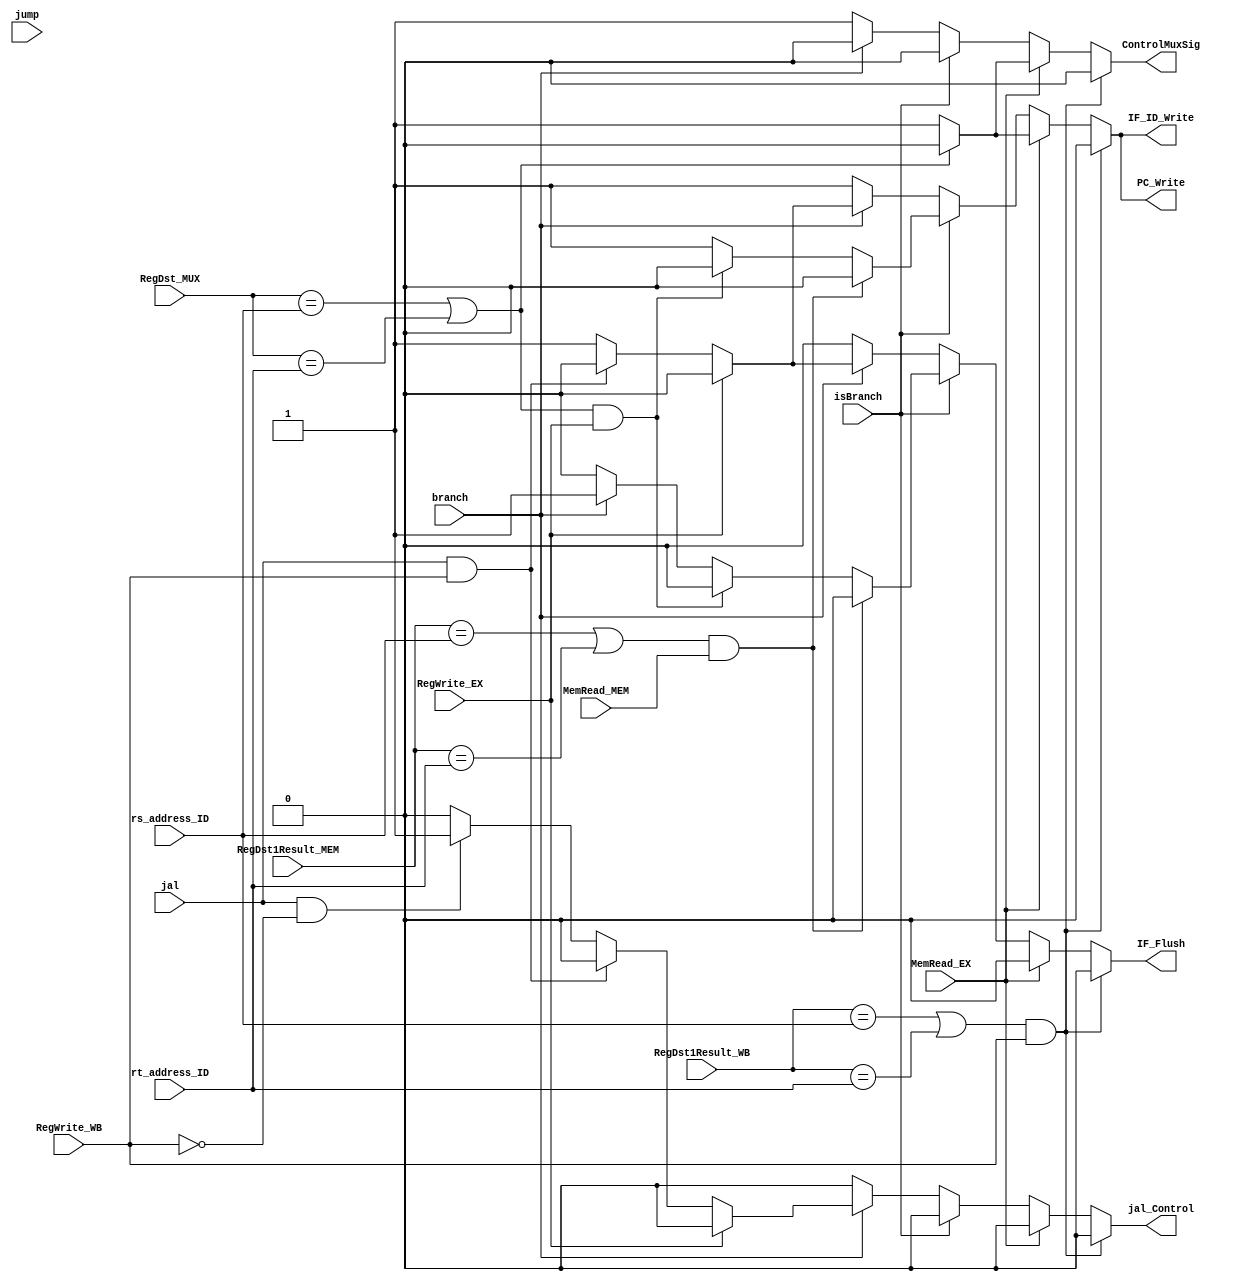
`timescale 1ns / 1ps

module HazardDetection(RegDst_MUX,RegDst1Result_MEM, MemRead_EX, MemRead_MEM, branch, jump, IF_Flush, rs_address_ID, rt_address_ID , PC_Write, IF_ID_Write, ControlMuxSig, 
                        isBranch, RegWrite_EX, RegWrite_WB, RegDst1Result_WB, jal/*, RegWrite_MEM */,jal_Control);

    input [4:0] RegDst_MUX, RegDst1Result_MEM,
                rs_address_ID, rt_address_ID;
    input MemRead_EX, MemRead_MEM, branch, jump, isBranch, RegWrite_EX; //branch means a branch is happening, isBranch means there is a branch instruction
    input jal;//, RegWrite_MEM; //jal
    input RegWrite_WB; //Used for writeback to ID dependency
    input [4:0] RegDst1Result_WB; //Used for writeback to ID dependency

    output reg PC_Write, IF_ID_Write, ControlMuxSig, IF_Flush, jal_Control;

    initial begin

    PC_Write <= 1;
    IF_ID_Write <= 1;
    ControlMuxSig <= 1;
    IF_Flush <= 0;

    end

    always @(*) begin

        //inefficient stalling with dependency in wb
        if (((RegDst1Result_WB == rs_address_ID) || (RegDst1Result_WB == rt_address_ID)) && RegWrite_WB) begin
                ControlMuxSig <= 0;
                IF_ID_Write <= 0;
                PC_Write <= 0;
                IF_Flush <= 0;
                jal_Control <= 0;
        end
        // lw stall logic
        else if (MemRead_EX) begin
            if ((RegDst_MUX == rs_address_ID) || (RegDst_MUX == rt_address_ID)) begin
                ControlMuxSig <= 0;
                IF_ID_Write <= 0;
                PC_Write <= 0;
                IF_Flush <= 0;
                jal_Control <= 0;
                // Stall PC and IF/ID pipeline

                //
            end
            else begin
                ControlMuxSig <= 1;
                IF_ID_Write <= 1;
                PC_Write <= 1;
                IF_Flush <= 0;
                jal_Control <= 0;
            end

        end
        else if (isBranch) begin
            if (((RegDst1Result_MEM == rs_address_ID) || (RegDst1Result_MEM == rt_address_ID)) && MemRead_MEM)begin
                ControlMuxSig <= 0;
                IF_ID_Write <= 0;
                PC_Write <= 0;
                IF_Flush <= 0;
                jal_Control <= 0;
            end
            else if (((RegDst_MUX == rs_address_ID) || (RegDst_MUX == rt_address_ID)) && RegWrite_EX) begin
                ControlMuxSig <= 0;
                IF_ID_Write <= 0;
                PC_Write <= 0;
                IF_Flush <= 0;
                jal_Control <= 0;
                // Stall PC and IF/ID pipeline

                //
            end
            else if (branch) begin

                ControlMuxSig <= 0;
                IF_ID_Write <= 1;
                PC_Write <= 1;
                IF_Flush <= 1;
                jal_Control <= 0;

            end
            else begin
                ControlMuxSig <= 0;
                IF_ID_Write <= 1;
                PC_Write <= 1;
                IF_Flush <= 0;
                jal_Control <= 0;
            end
        end

        else if (branch) begin //this is the case for jumps
        if (RegWrite_EX) begin
            ControlMuxSig <= 0;
                IF_ID_Write <= 0;
                PC_Write <= 0;
                IF_Flush <= 0;
                jal_Control <= 0;
        end
        else if (jal && (RegWrite_WB)) begin
                ControlMuxSig <= 0;
                IF_ID_Write <= 0;
                PC_Write <= 0;
                IF_Flush <= 0;
                jal_Control <= 0;
                end
        else if (jal && !RegWrite_WB)begin
            ControlMuxSig <= 0;
                IF_ID_Write <= 1;
                PC_Write <= 1;
                IF_Flush <= 1;
                jal_Control <= 1;
        end
        else begin
                ControlMuxSig <= 0;
                IF_ID_Write <= 1;
                PC_Write <= 1;
                IF_Flush <= 1;
                jal_Control <= 0;
        end
        end
        else begin
                ControlMuxSig <= 1;
                IF_ID_Write <= 1;
                PC_Write <= 1;
                IF_Flush <= 0;
                jal_Control <= 0;
        end
    end
        

endmodule